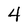
Character: 4